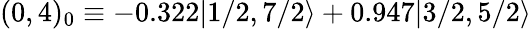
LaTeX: (0,4)_{0}\equiv-0.322|1/2,7/2\rangle+0.947|3/2,5/2\rangle